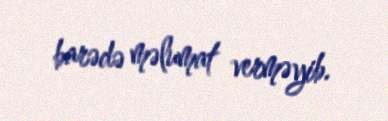
barədə məlumat verməyib.